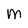
Character: m